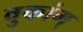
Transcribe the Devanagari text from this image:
वुकांग्